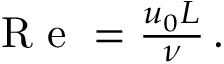
\begin{array} { r } { \mathrm { ~ R ~ e ~ } = \frac { u _ { 0 } L } { \nu } \, . } \end{array}